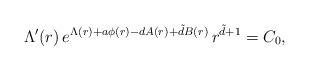
LaTeX: \begin{align*}\Lambda'(r) \, e^{\Lambda(r) + a \phi(r) - d A(r) + \tilde{d} B(r) } \, r^{\tilde{d}+1} = C_0,\end{align*}